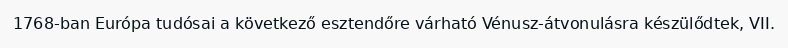
1768-ban Európa tudósai a következő esztendőre várható Vénusz-átvonulásra készülődtek, VII.